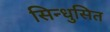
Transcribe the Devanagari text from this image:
सिन्धुसित